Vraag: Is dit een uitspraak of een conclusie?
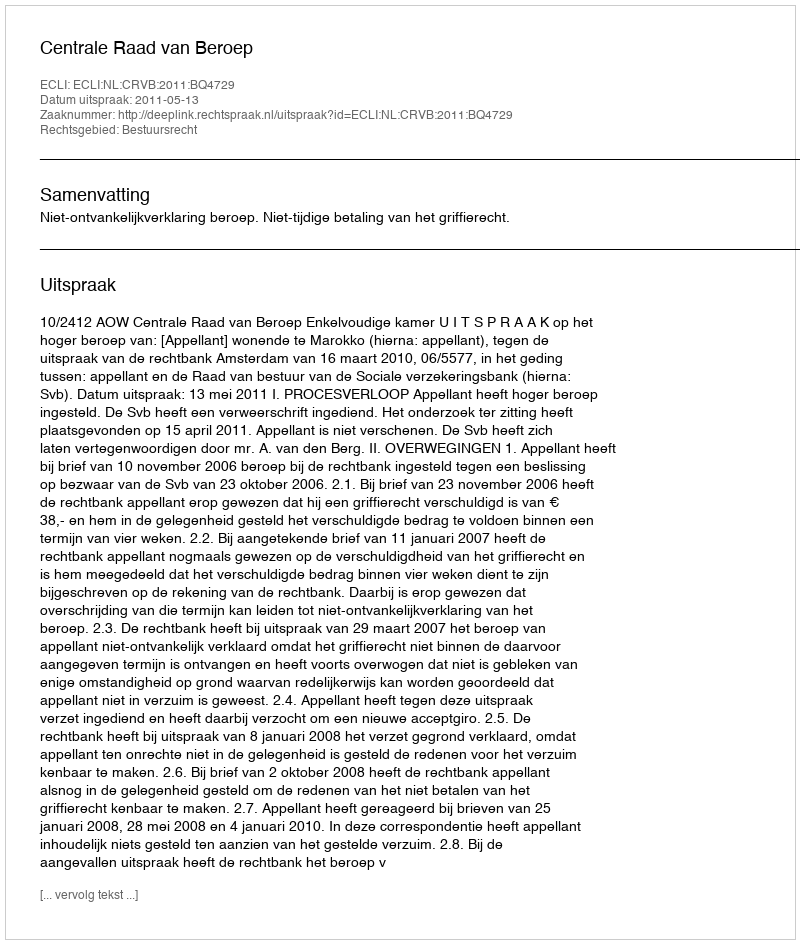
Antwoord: Uitspraak